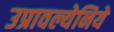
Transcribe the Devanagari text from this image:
उप्रावल्येनिये